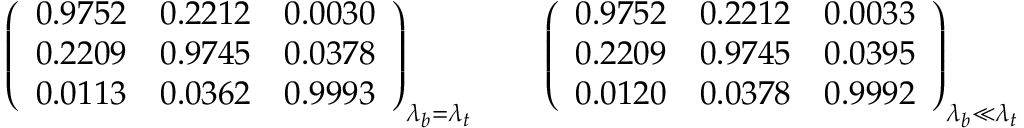
\left( \begin{array} { c c c } { { 0 . 9 7 5 2 } } & { { 0 . 2 2 1 2 } } & { { 0 . 0 0 3 0 } } \\ { { 0 . 2 2 0 9 } } & { { 0 . 9 7 4 5 } } & { { 0 . 0 3 7 8 } } \\ { { 0 . 0 1 1 3 } } & { { 0 . 0 3 6 2 } } & { { 0 . 9 9 9 3 } } \end{array} \right) _ { \lambda _ { b } = \lambda _ { t } } \qquad \left( \begin{array} { c c c } { { 0 . 9 7 5 2 } } & { { 0 . 2 2 1 2 } } & { { 0 . 0 0 3 3 } } \\ { { 0 . 2 2 0 9 } } & { { 0 . 9 7 4 5 } } & { { 0 . 0 3 9 5 } } \\ { { 0 . 0 1 2 0 } } & { { 0 . 0 3 7 8 } } & { { 0 . 9 9 9 2 } } \end{array} \right) _ { \lambda _ { b } \ll \lambda _ { t } }